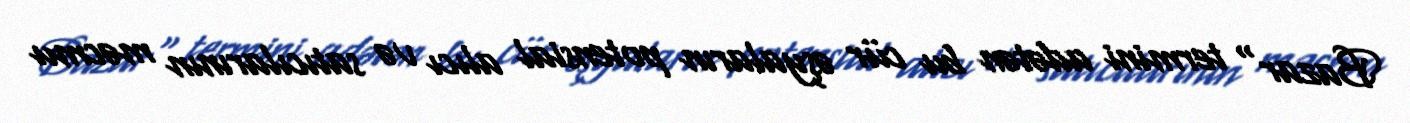
Bazar" termini adətən bu cür əşyaların potensial alıcı və satıcılarının məcmu